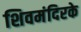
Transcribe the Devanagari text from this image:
शिवमंदिरके